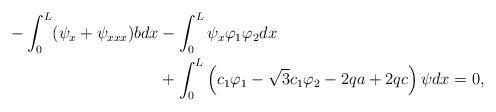
LaTeX: \begin{align*}-\int_0^L (\psi_x + \psi_{xxx})b dx &-\int_0^L \psi_x \varphi_1\varphi_2 dx\\&+ \int_0^L \left(c_1 \varphi_1 -\sqrt{3}c_1\varphi_2-2 qa +2 q c\right)\psi dx=0,\end{align*}